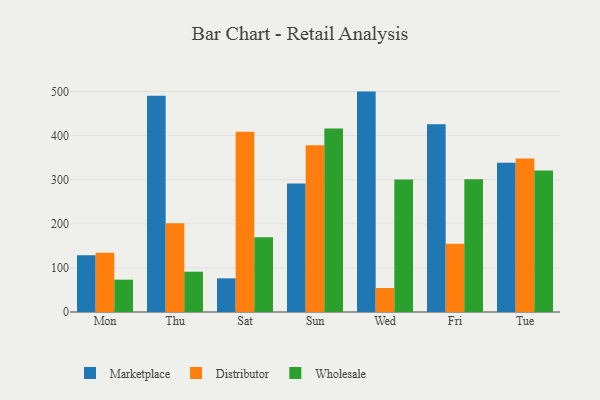
{"axis": {"x": "Day", "y": "LTV (USD)"}, "legend": ["Distributor", "Marketplace", "Wholesale"], "data": [{"x": "Mon", "y": 128.8, "type": "Marketplace"}, {"x": "Mon", "y": 134.4, "type": "Distributor"}, {"x": "Mon", "y": 73.3, "type": "Wholesale"}, {"x": "Thu", "y": 490.5, "type": "Marketplace"}, {"x": "Thu", "y": 201.4, "type": "Distributor"}, {"x": "Thu", "y": 91.4, "type": "Wholesale"}, {"x": "Sat", "y": 76.3, "type": "Marketplace"}, {"x": "Sat", "y": 408.9, "type": "Distributor"}, {"x": "Sat", "y": 169.4, "type": "Wholesale"}, {"x": "Sun", "y": 291.2, "type": "Marketplace"}, {"x": "Sun", "y": 378.1, "type": "Distributor"}, {"x": "Sun", "y": 415.8, "type": "Wholesale"}, {"x": "Wed", "y": 499.7, "type": "Marketplace"}, {"x": "Wed", "y": 54.4, "type": "Distributor"}, {"x": "Wed", "y": 300.3, "type": "Wholesale"}, {"x": "Fri", "y": 425.6, "type": "Marketplace"}, {"x": "Fri", "y": 154.8, "type": "Distributor"}, {"x": "Fri", "y": 301.2, "type": "Wholesale"}, {"x": "Tue", "y": 338.6, "type": "Marketplace"}, {"x": "Tue", "y": 347.9, "type": "Distributor"}, {"x": "Tue", "y": 320.6, "type": "Wholesale"}]}